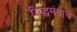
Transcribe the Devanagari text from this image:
सिद्धमंत्राचे